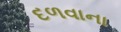
દળવાના